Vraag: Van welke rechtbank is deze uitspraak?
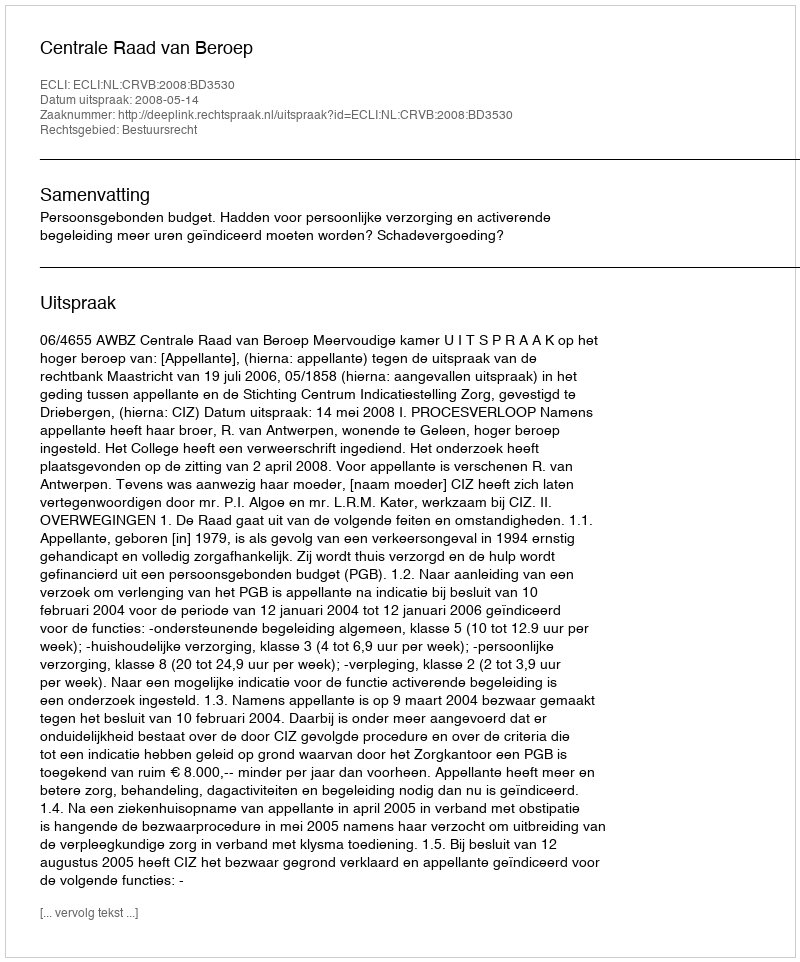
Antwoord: Centrale Raad van Beroep